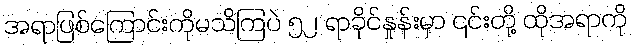
အရာဖြစ်ကြောင်းကိုမသိကြပဲ ၅၂ ရာခိုင်နှုန်းမှာ ၎င်းတို့ ထိုအရာကို